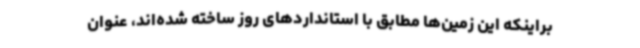
براینکه این زمین‌ها مطابق با استانداردهای روز ساخته شده‌اند، عنوان